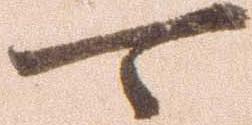
可